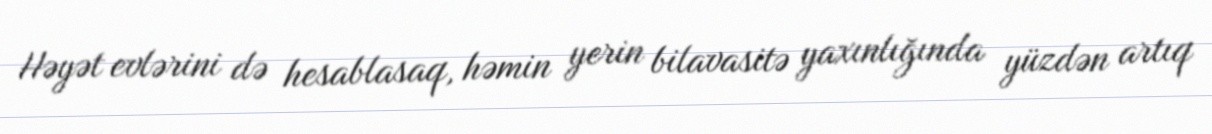
Həyət evlərini də hesablasaq, həmin yerin bilavasitə yaxınlığında yüzdən artıq